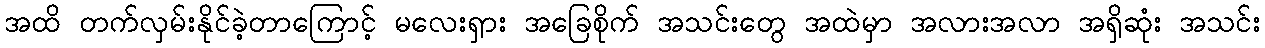
အထိ တက်လှမ်းနိုင်ခဲ့တာကြောင့် မလေးရှား အခြေစိုက် အသင်းတွေ အထဲမှာ အလားအလာ အရှိဆုံး အသင်း